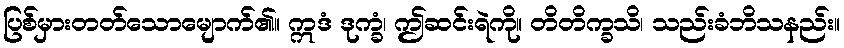
ပြစ်မှားတတ်သောမျောက်၏။ ဣဒံ ဒုက္ခံ၊ ဤဆင်းရဲကို။ တိတိက္ခသိ၊ သည်းခံဘိသနည်း။